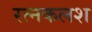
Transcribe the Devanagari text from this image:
रत्‍नकलश